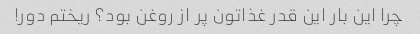
چرا این بار این قدر غذاتون پر از روغن بود؟ ریختم دور!